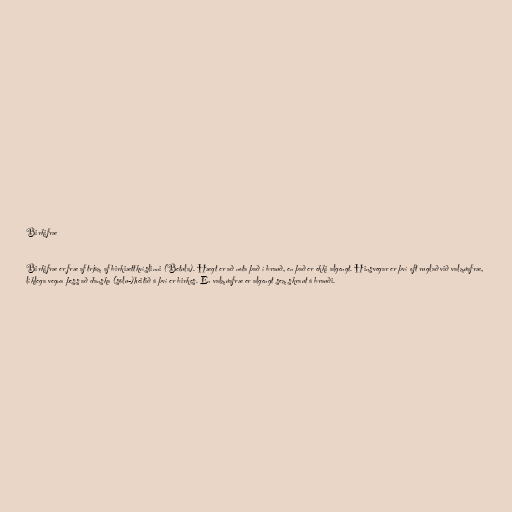
Birkifræ

Birkifræ er fræ af trjám af birkiættkvíslinni (Betula). Hægt er að nota það í brauð, en það er ekki algengt. Hinsvegar er því oft ruglað við valmúafræ,
líklega vegna þess að danska (sölu-)heitið á því er birkes. En valmúafræ er algengt sem skraut á brauði.